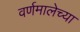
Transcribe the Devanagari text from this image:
वर्णमालेच्या